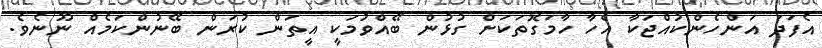
އެފަދަ އަންހެންކުއްޖަކާ އެހާ ހާމަގޮތަކަށް ގުޅުން ބޭއްވުމަކީ އީތަން ކުރަން ބޭނުންކަމެއް ނޫނެވެ.